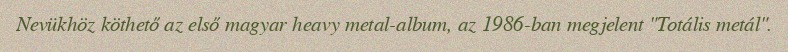
Nevükhöz köthető az első magyar heavy metal-album, az 1986-ban megjelent "Totális metál".